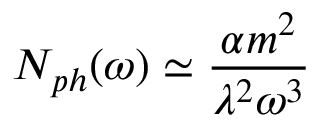
N _ { p h } ( \omega ) \simeq \frac { \alpha m ^ { 2 } } { \lambda ^ { 2 } \omega ^ { 3 } }